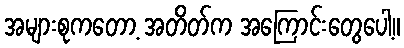
အများစုကတော့ အတိတ်က အကြောင်းတွေပေါ့။